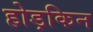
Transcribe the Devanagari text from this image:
होड़किन